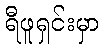
ရီဖူရှင်းမှာ